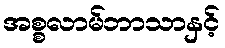
အစ္စလာမ်ဘာသာနှင့်